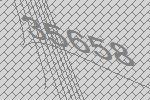
35658